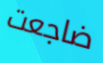
ضاجعت